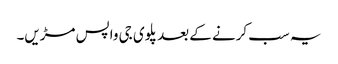
یہ سب کرنے کے بعد پلوی جی واپس مڑیں۔